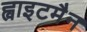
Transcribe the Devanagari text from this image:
ह्वाइटमैन